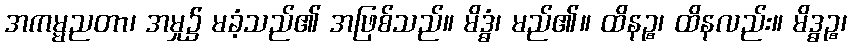
အကမ္မညတာ၊ အမှု၌ မခံ့သည်၏ အဖြစ်သည်။ မိဒ္ဓံ၊ မည်၏။ ထိနဉ္စ၊ ထိနလည်း။ မိဒ္ဓဉ္စ၊